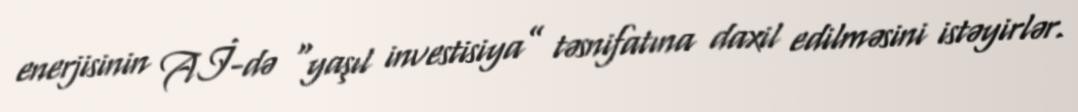
enerjisinin Aİ-də “yaşıl investisiya” təsnifatına daxil edilməsini istəyirlər.